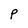
Character: P